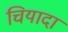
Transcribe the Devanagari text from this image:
चियादा